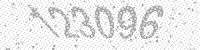
Solution: 123096